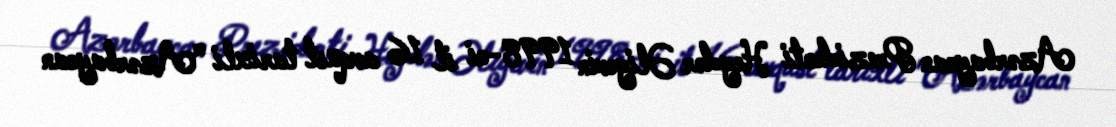
Azərbaycan Prezidenti Heydər Əliyevin 1998-ci il 16 avqust tarixli "Azərbaycan